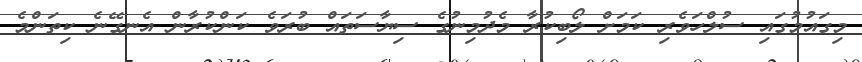
މިގައުމުގައި ސުލްހަވެރި ކަމަށް ލޯބިކުރާ މެދުމިނުގެ ސިޔާސަތައް ބުރަވެ ކަންކުރާން އެނގޭނެ ކިތަންމެ